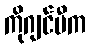
ကိုဂျင်မီက